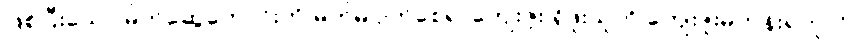
ဖြစ်ပြီးသော မိတ်ဆွေကောင်းကို မိတ်မပျက်စေရ၊ ကျေးဇူး ရှိဖူးသူကို ကျေးဇူးမကန်းရဟူလို။